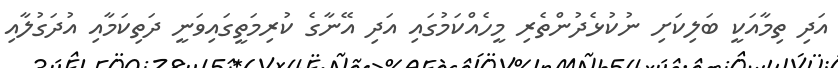
އަދި ތިމާއަކީ ބަލިކަށި ނުކުޅެދުންތެރި މީހެއްކަމުގައި އަދި އޭނާގެ ކުރިމަތީގައިވަނީ ދަތިކަމާއި އުދަގުލާއި